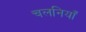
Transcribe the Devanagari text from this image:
चलनियाँ